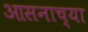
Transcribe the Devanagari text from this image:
आसनाच्या